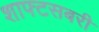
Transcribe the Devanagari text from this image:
शाफ्टसबरी